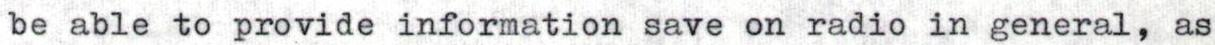
be able to provide information save on radio in general, as